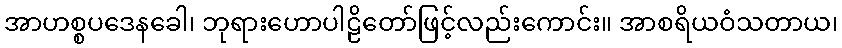
အာဟစ္စပဒေနခေါ၊ ဘုရားဟောပါဠိတော်ဖြင့်လည်းကောင်း။ အာစရိယဝံသတာယ၊